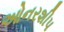
ઓનરશીપ